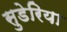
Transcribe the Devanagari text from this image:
सुडेरिया